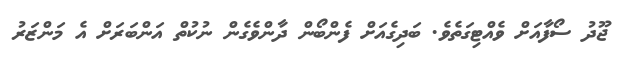
ޖޫދު ސޯފާއަށް ވެއްޓިގަތެވެ. ބަދިގެއަށް ފެންބޯން ދާންވެގެން ނުކުތް އަންބަރަށް އެ މަންޒަރު